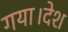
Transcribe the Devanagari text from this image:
गया।देश